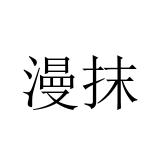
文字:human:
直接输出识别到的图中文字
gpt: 漫抹